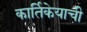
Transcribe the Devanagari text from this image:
कार्तिकेयाची